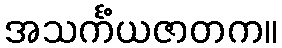
အသင်္ကံယဇာတက။